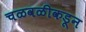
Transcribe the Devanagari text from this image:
चळवळीकडून